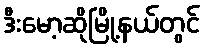
ဒီးမော့ဆိုမြို့နယ်တွင်